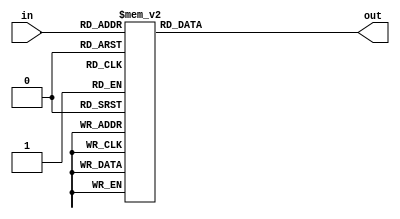
/*
 * "Copyright (c) 2010-2011 The Regents of the University of Michigan.
 * All rights reserved.
 *
 * Redistribution and use in source and binary forms, with or without
 * modification, are permitted provided that the following conditions
 * are met:
 *
 * - Redistributions of source code must retain the above copyright
 *   notice, this list of conditions and the following disclaimer.
 * - Redistributions in binary form must reproduce the above copyright
 *   notice, this list of conditions and the following disclaimer in the
 *   documentation and/or other materials provided with the
 *   distribution.
 * - Neither the name of the copyright holders nor the names of
 *   its contributors may be used to endorse or promote products derived
 *   from this software without specific prior written permission.
 *
 * THIS SOFTWARE IS PROVIDED BY THE COPYRIGHT HOLDERS AND CONTRIBUTORS
 * "AS IS" AND ANY EXPRESS OR IMPLIED WARRANTIES, INCLUDING, BUT NOT
 * LIMITED TO, THE IMPLIED WARRANTIES OF MERCHANTABILITY AND FITNESS
 * FOR A PARTICULAR PURPOSE ARE DISCLAIMED.  IN NO EVENT SHALL THE
 * COPYRIGHT HOLDER OR CONTRIBUTORS BE LIABLE FOR ANY DIRECT,
 * INDIRECT, INCIDENTAL, SPECIAL, EXEMPLARY, OR CONSEQUENTIAL DAMAGES
 * (INCLUDING, BUT NOT LIMITED TO, PROCUREMENT OF SUBSTITUTE GOODS OR
 * SERVICES; LOSS OF USE, DATA, OR PROFITS; OR BUSINESS INTERRUPTION)
 * HOWEVER CAUSED AND ON ANY THEORY OF LIABILITY, WHETHER IN CONTRACT,
 * STRICT LIABILITY, OR TORT (INCLUDING NEGLIGENCE OR OTHERWISE)
 * ARISING IN ANY WAY OUT OF THE USE OF THIS SOFTWARE, EVEN IF ADVISED
 * OF THE POSSIBILITY OF SUCH DAMAGE.
 */

/*
 * @author Ye-Sheng Kuo <samkuo@eecs.umich.edu>
 */

module chip_table(in, out);

input   [3:0]   in;
output  [31:0]  out;

reg     [31:0]  seq;
assign  out = seq;

always @ (*)
begin
	case (in)
		4'd0: seq = 32'd3653456430;
		4'd1: seq = 32'd3986437410;
		4'd2: seq = 32'd786023250;
		4'd3: seq = 32'd585997365;
		4'd4: seq = 32'd1378802115;
		4'd5: seq = 32'd891481500;
		4'd6: seq = 32'd3276943065;
		4'd7: seq = 32'd2620728045;
		4'd8: seq = 32'd2358642555;
		4'd9: seq = 32'd3100205175;
		4'd10: seq = 32'd2072811015;
		4'd11: seq = 32'd2008598880;
		4'd12: seq = 32'd125537430;
		4'd13: seq = 32'd1618458825;
		4'd14: seq = 32'd2517072780;
		4'd15: seq = 32'd3378542520;
	endcase
end

endmodule